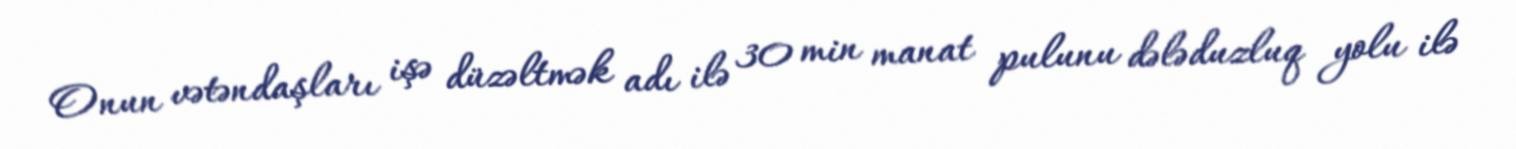
Onun vətəndaşları işə düzəltmək adı ilə 30 min manat pulunu dələduzluq yolu ilə